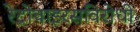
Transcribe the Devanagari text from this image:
रेट्रोवाइरसविरोधी